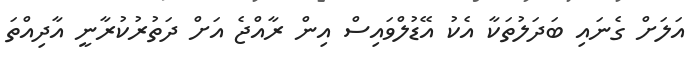
އަލަށް ގެނައި ބަދަލުތަކާ އެކު އޭޑުލްވައިސް އިން ރާއްޖެ އަށް ދަތުރުކުރާނީ އާދިއްތަ